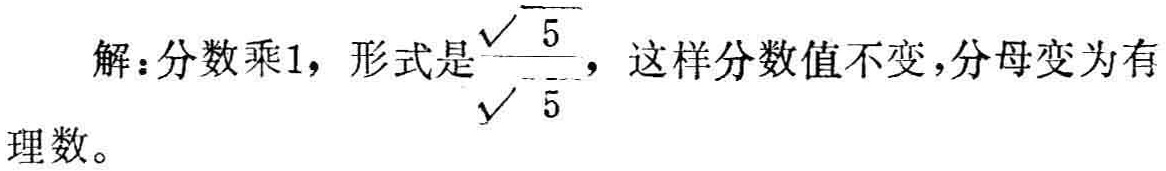
解：分数乘1，形式是$\frac{\sqrt{5}}{\sqrt{5}}$，这样分数值不变，分母变为有理数。